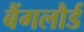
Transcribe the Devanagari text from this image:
बैंगलौर्ड